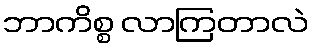
ဘာကိစ္စ လာကြတာလဲ